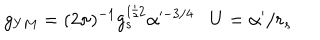
LaTeX: g _ { Y M } = ( 2 \pi ) ^ { - 1 } g _ { s } ^ { 1 / 2 } \alpha ^ { \prime - 3 / 4 } U = \alpha ^ { \prime } / r _ { s }